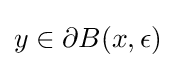
y\in \partial B(x,\epsilon )